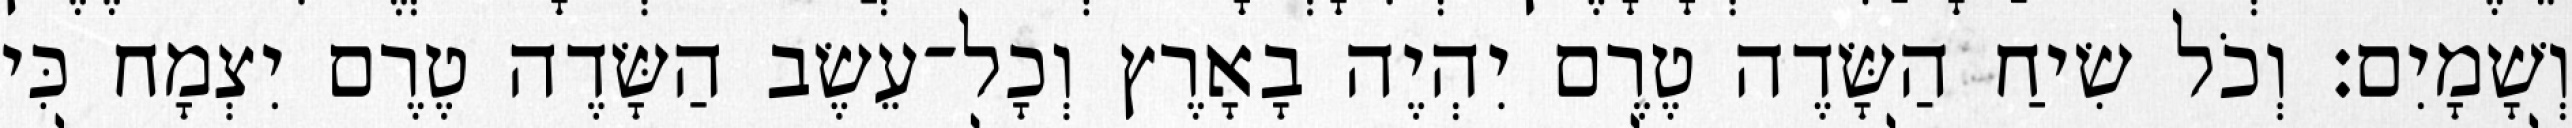
וְשָׁמָיִם׃ וְכֹל שִׂיחַ הַשָּׂדֶה טֶרֶם יִהְיֶה בָאָרֶץ וְכָל־עֵשֶׂב הַשָּׂדֶה טֶרֶם יִצְמָח כִּי